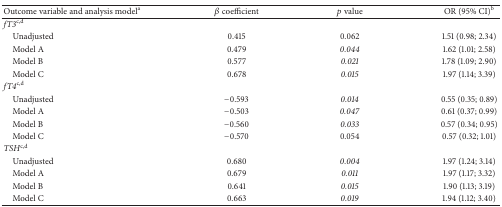
<table><thead><tr><td><b>Outcome variable and analysis model<sup>a</sup></b></td><td><b><i>β</i> coefficient</b></td><td><b><i>p</i> value</b></td><td><b>OR (95% CI)<sup>b</sup></b></td></tr></thead><tbody><tr><td><i>fT</i>3<sup>c,d</sup></td><td> </td><td> </td><td> </td></tr><tr><td> Unadjusted</td><td>0.415</td><td>0.062</td><td>1.51 (0.98; 2.34)</td></tr><tr><td> Model A</td><td>0.479</td><td><i>0.044</i></td><td>1.62 (1.01; 2.58)</td></tr><tr><td> Model B</td><td>0.577</td><td><i>0.021</i></td><td>1.78 (1.09; 2.90)</td></tr><tr><td> Model C</td><td>0.678</td><td><i>0.015</i></td><td>1.97 (1.14; 3.39)</td></tr><tr><td><i>fT</i>4<sup>c,d</sup></td><td> </td><td> </td><td> </td></tr><tr><td> Unadjusted</td><td>−0.593</td><td><i>0.014</i></td><td>0.55 (0.35; 0.89)</td></tr><tr><td> Model A</td><td>−0.503</td><td><i>0.047</i></td><td>0.61 (0.37; 0.99)</td></tr><tr><td> Model B</td><td>−0.560</td><td><i>0.033</i></td><td>0.57 (0.34; 0.95)</td></tr><tr><td> Model C</td><td>−0.570</td><td>0.054</td><td>0.57 (0.32; 1.01)</td></tr><tr><td><i>TSH</i><sup>c,d</sup></td><td> </td><td> </td><td> </td></tr><tr><td> Unadjusted</td><td>0.680</td><td><i>0.004</i></td><td>1.97 (1.24; 3.14)</td></tr><tr><td> Model A</td><td>0.679</td><td><i>0.011</i></td><td>1.97 (1.17; 3.32)</td></tr><tr><td> Model B</td><td>0.641</td><td><i>0.015</i></td><td>1.90 (1.13; 3.19)</td></tr><tr><td> Model C</td><td>0.663</td><td><i>0.019</i></td><td>1.94 (1.12; 3.40)</td></tr></tbody></table>